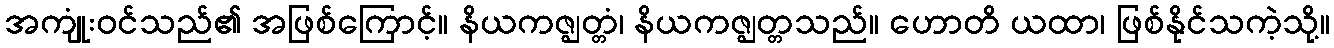
အကျုံးဝင်သည်၏ အဖြစ်ကြောင့်။ နိယကဇ္ဈတ္တံ၊ နိယကဇ္ဈတ္တသည်။ ဟောတိ ယထာ၊ ဖြစ်နိုင်သကဲ့သို့။